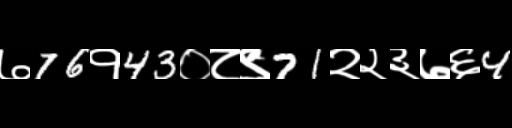
Text: ७76१43०८९71२२३७६4